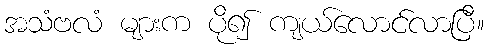
အသံဗလံ များက ပို၍ ကျယ်လောင်လာပြီ။